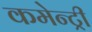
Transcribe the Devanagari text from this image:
कमेन्ट्री